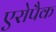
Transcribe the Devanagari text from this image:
एरोपैक